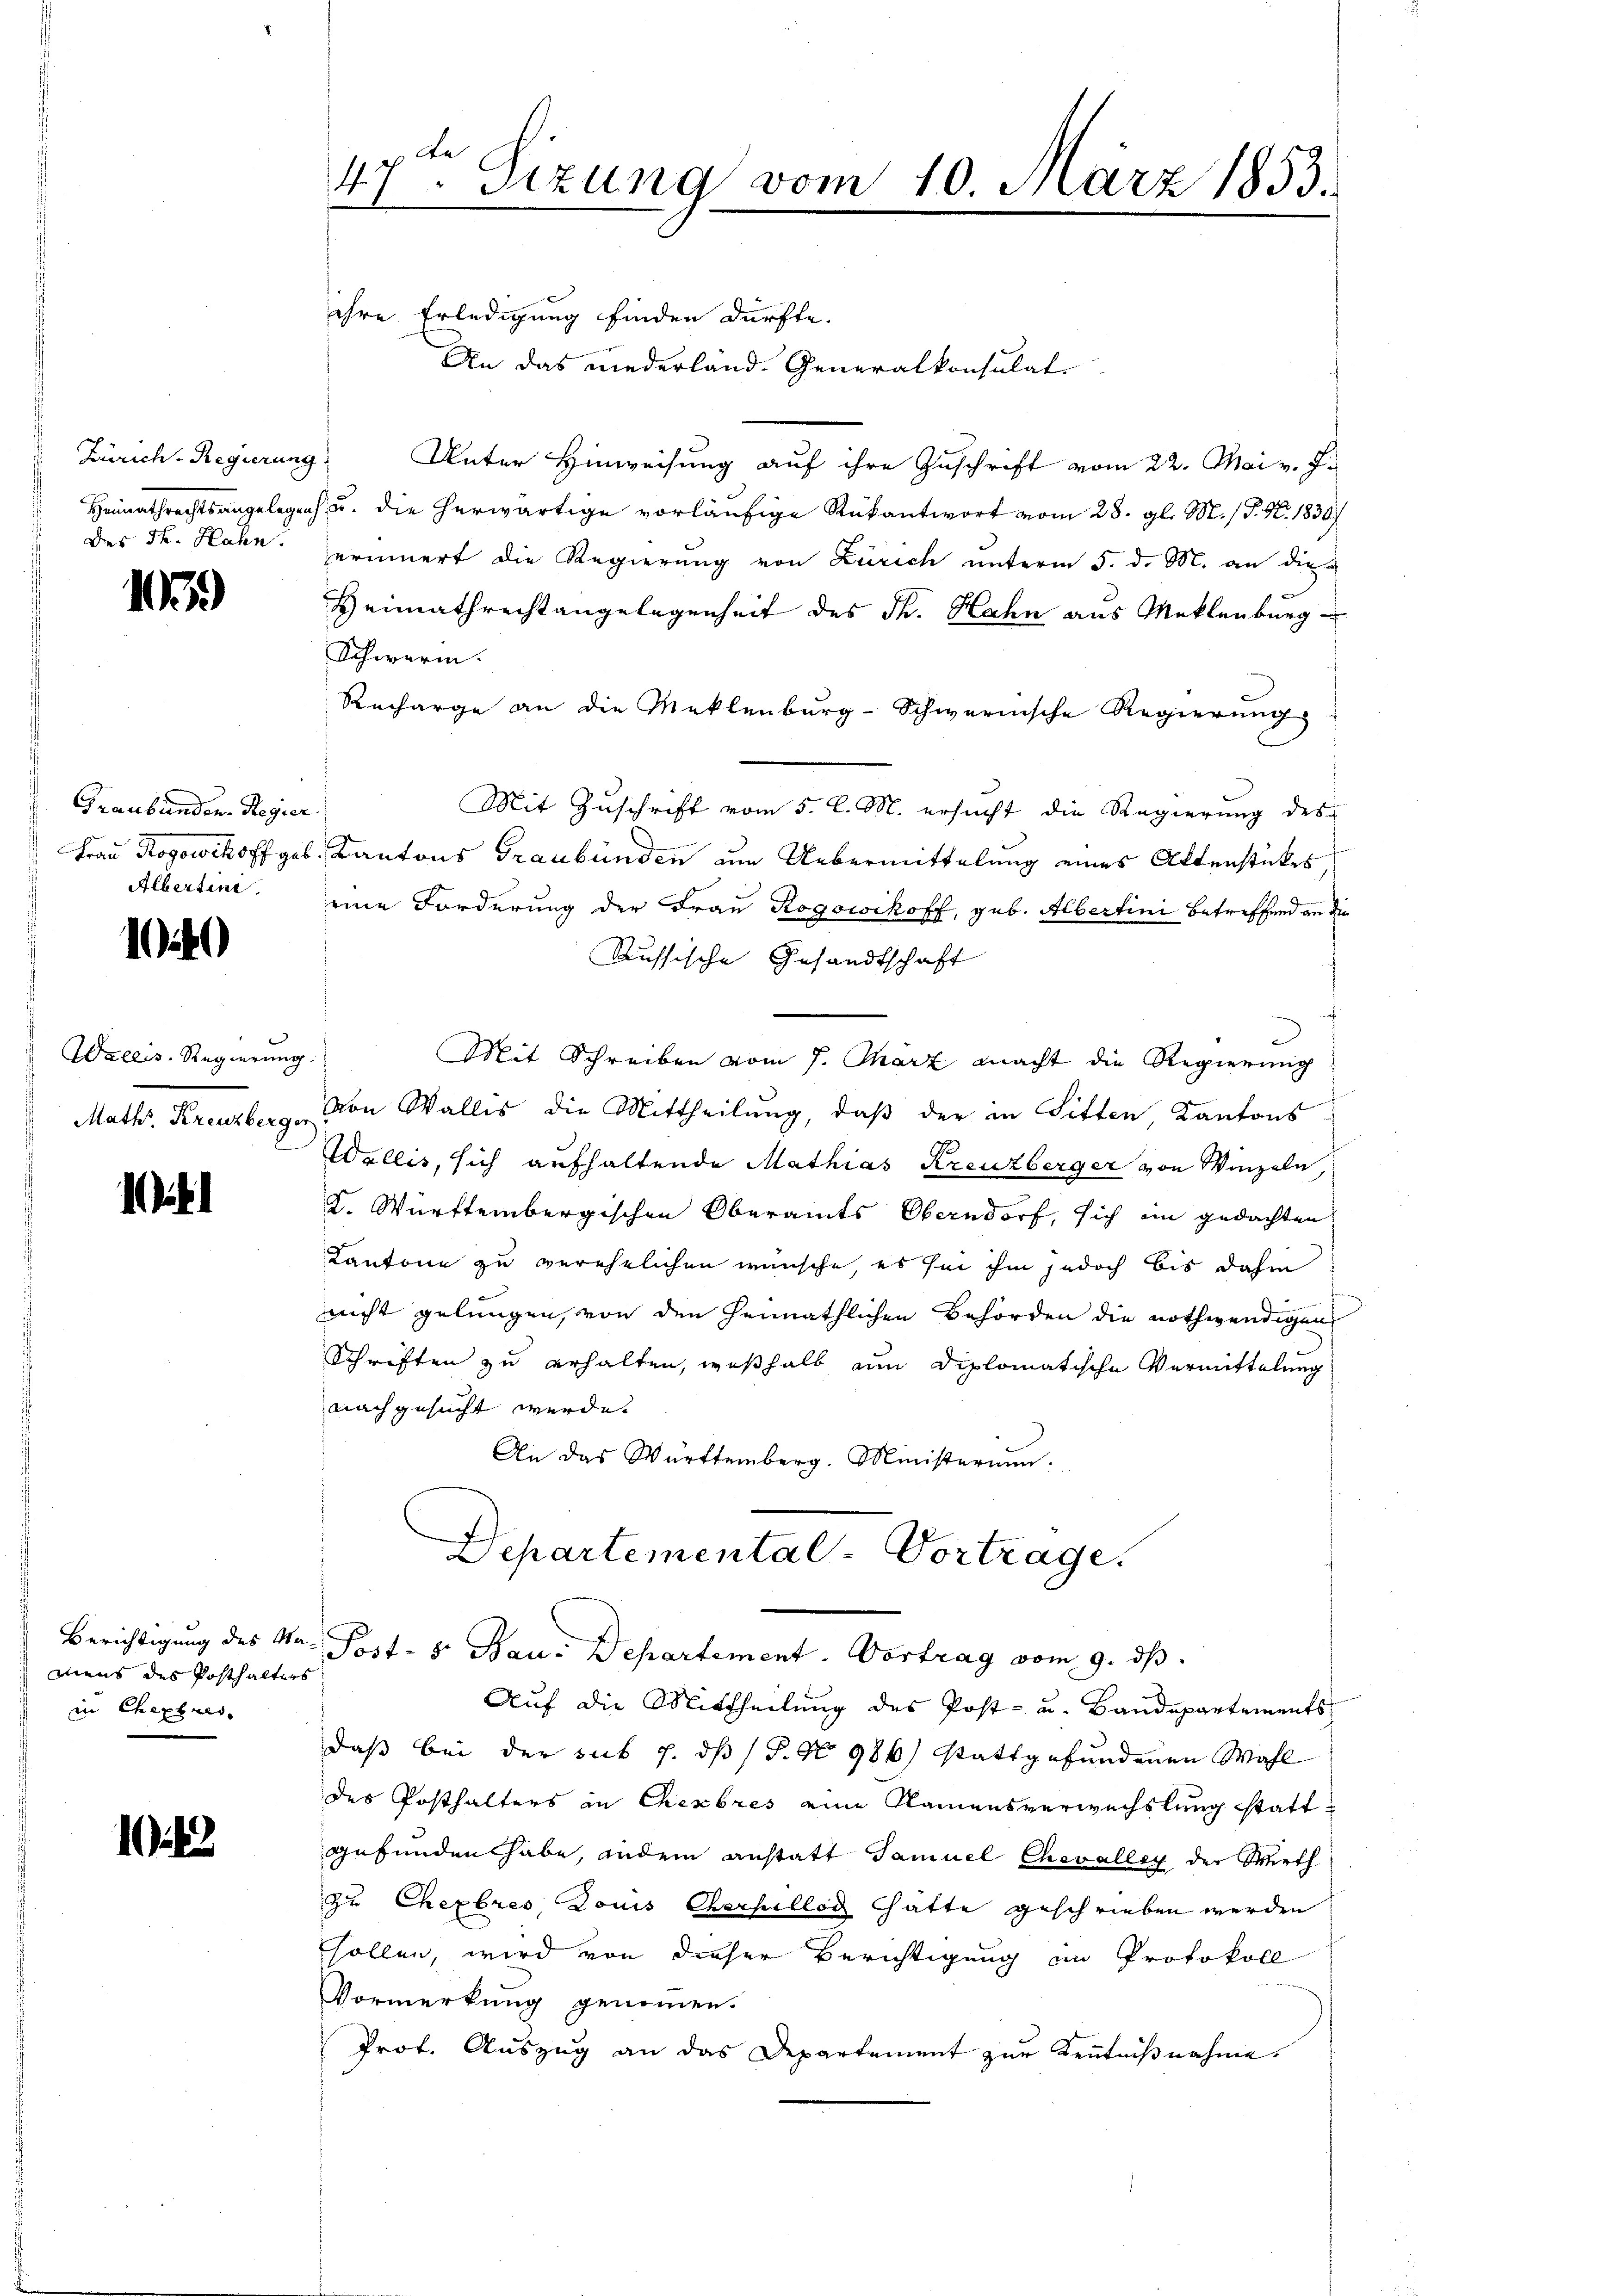
Zürich-Regierung
Heimathrechts angelegen
des Th. Hahn.

1)

Graubünden Regier
Frau Rogowitz off geb.
Albertini.

1

Wallis, Regierung
Math. Kreuzberg.

1

Berichtigung des Mamens des Posthalters
in Chaphals

12

47ten Sizung vom 10. März 1853.

ihre Erledigung finden dürfte.
An das niederland. Generalkonsulat
f
Unter Hinweisung auf ihre Zuschrift vom 22. Mai v. J.
h u. die herwärtige vorläufige Rükantwort vom 28. gl. M. / P. Nr. 1830.
erinnert die Regierung von Zürich unterm 5. d. M. an die
Heimathrechtangelegenheit des Fr. Hahn aus Meklenburg
Schwerin.
Recharge an die Meklenburg-Schwernische Regierŭng
Mit Zuschrift vom 5. l. M. ersucht die Regierung des
Kantons Graubünden um Uebermittelung eines Altenstückes
eine Forderung der Frau Rogowikoff, geb. Albertini betreffend an die
Russische Gesandtschaft
Mit Schreiben vom 7. März macht die Regierung
von Wallis die Mittheilung, daß der in Sitten Kantons
Wallis, sich aufhaltende Mathias Kreuzberger von Winzeln,
K. Württembergischen Oberamts Oberndorf, sich im gedachten
Kantone zu verehelichen wünsche, es sei ihm jedoch bis dahin
nicht gelungen, von den hennathlichen Behörden die nothwendigen
Schriften zu erhalten, weßhalb nun diplomatische Vermittelung
nachgesucht werde.
An das Württemberg. Ministerium
Departemental-Vortrage.
Post- 5. Bau. Departement. Vortrag vom 9. ds.
Auf die Mittheilung des Post- u. Baudepartements
daß bei der sub 7. ds / P. No 986) stattgefundenen Wahl
des Posthalters in Chembres eine Namensverwechslung stattgefunden habe, indem anstatt Samuel Chevalley der Wirth
zu Chepbres Louis Cherhellos hatte geschrieben werden
sollen, wird von dieser Berichtigung im Protokoll
Vormerkung genommen.
Prof. Auszug an das Departement zur Kenntnißnahme